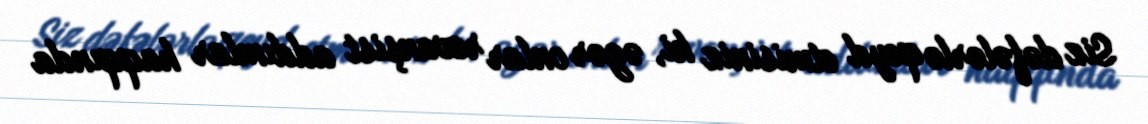
Siz dəfələrlə qeyd etmisiniz ki, əgər onlar revanşist addımlar haqqında